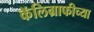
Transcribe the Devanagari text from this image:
कॅलिग्राफीच्या